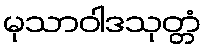
မုသာဝါဒသုတ္တံ